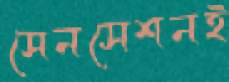
সেনসেশনই